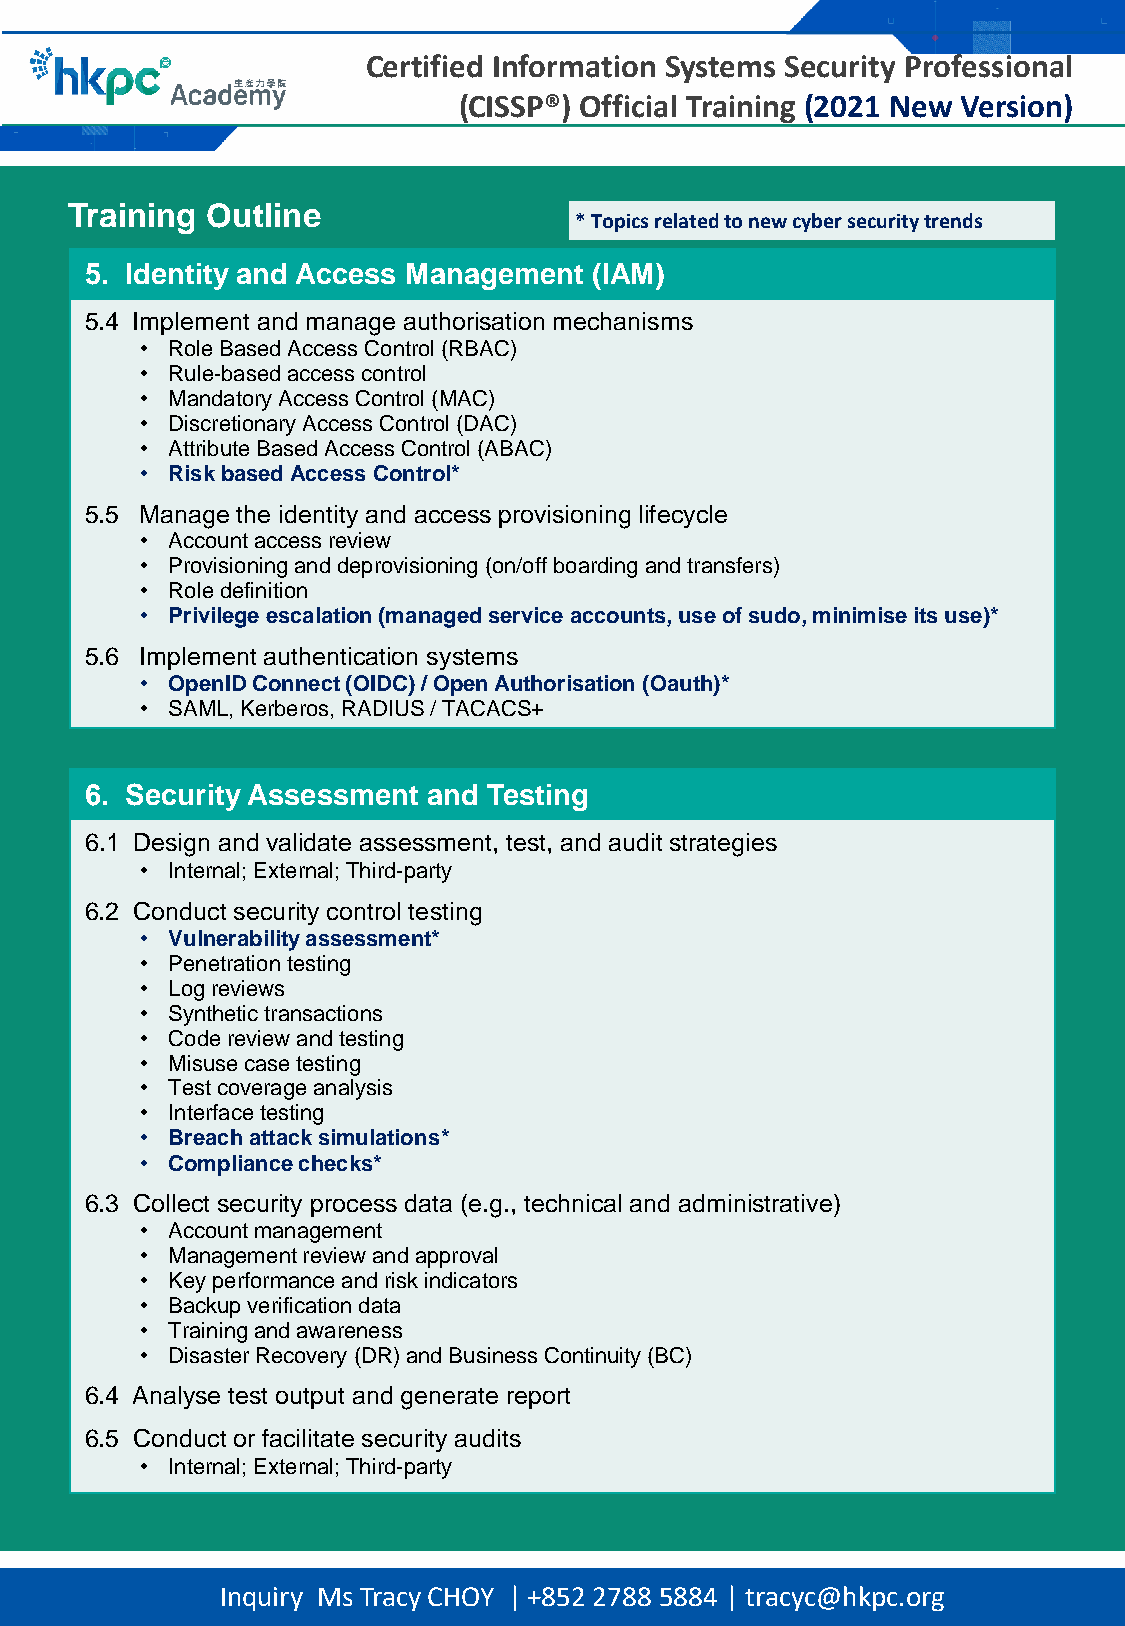
Certified Information Systems Security Professional
 (CISSP®) Official Training (2021 New Version)
 Training  Outline
 * Topics related to new cyber security trends
 5. Identity and Access Management (IAM)
 5.4 Implement and manage authorisation mechanisms
 • Role Based Access Control (RBAC)
 • Rule-based access control
 • Mandatory Access Control (MAC)
 • Discretionary Access Control (DAC)
 • Attribute Based Access Control (ABAC)
 • Risk based Access Control*
 5.5 Manage the identity and access provisioning lifecycle
 • Account access review
 • Provisioning and deprovisioning (on/offboarding and transfers)
 • Role definition
 • Privilege escalation (managed service accounts, use of sudo, minimise its use)*
 5.6 Implement authentication systems
 • OpenIDConnect (OIDC) / Open Authorisation (Oauth)*
 • SAML, Kerberos, RADIUS / TACACS+
 6. Security Assessment and Testing
 6.1 Design and validate assessment, test, and audit strategies
 • Internal; External; Third-party
 6.2 Conduct security control testing
 • Vulnerability assessment*
 • Penetration testing
 • Log reviews
 • Synthetic transactions
 • Code review and testing
 • Misuse case testing
 • Test coverage analysis
 • Interface testing
 • Breach attack simulations*
 • Compliance checks*
 6.3 Collect security process data (e.g., technical and administrative)
 • Account management
 • Management review and approval
 • Key performance and risk indicators
 • Backup verification data
 • Training and awareness
 • Disaster Recovery (DR) and Business Continuity (BC)
 6.4 Analyse test output and generate report
 6.5 Conduct or facilitate security audits
 • Internal; External; Third-party
 Inquiry Ms Tracy CHOY | +852 2788 5884 | tracyc@hkpc.org